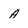
Character: A